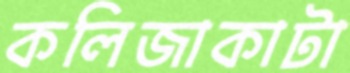
কলিজাকাটা